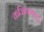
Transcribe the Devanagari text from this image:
कज्जिकयालु